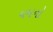
યમનો